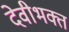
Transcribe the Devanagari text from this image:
देवीभक्त